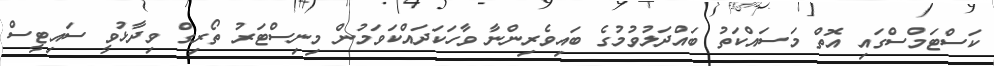
ކަސްޓަމްސްގައި އޮތް މަސައްކަތު ބައްދަލުވުމުގެ ބައިވެރިންނާ ވާހަކަދައްކަވަމުން މިނިސްޓަރު ތޯރިގް ވިދާޅުވީ ސައިޓީސް